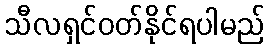
သီလရှင်ဝတ်နိုင်ရပါမည်